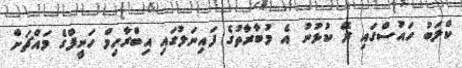
ކްލަބު ހައުސްގައި ރޭ ކުޅުނު އެ މުބާރާތުގެ ފައިނަލުގައި އިބްރާހިމް ހަނީފްގެ މައްޗަށް